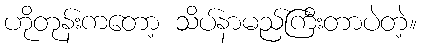
ဟိုတုန်းကတော့ သိပ်နာမည်ကြီးတာပဲတဲ့။